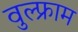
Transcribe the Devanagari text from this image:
वुल्फ्राम